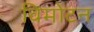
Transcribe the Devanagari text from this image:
विमोटन